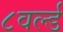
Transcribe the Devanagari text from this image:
८वर्ल्ड